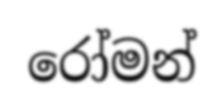
රෝමන්